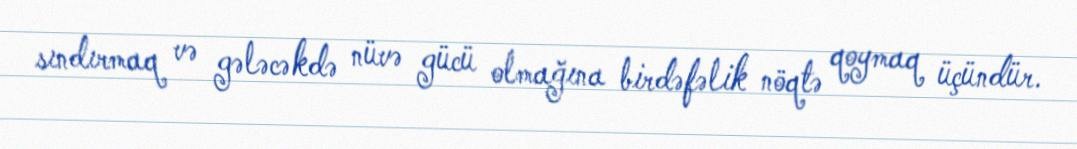
sındırmaq və gələcəkdə nüvə gücü olmağına birdəfəlik nöqtə qoymaq üçündür.